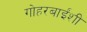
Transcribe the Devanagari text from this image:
गोहरबाईंशी